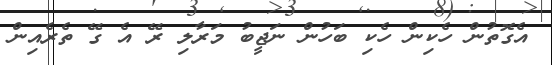
އެގޮތުން ހެކިން ހެކި ބަހުން ނަޖީބު މަރާލި ރޭ އެ ގޭ ތެރެއިން